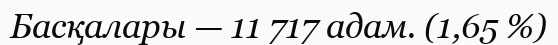
Басқалары — 11 717 адам. (1,65 %)